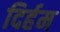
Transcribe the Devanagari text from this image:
दिर्हम